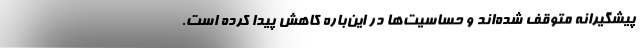
پیشگیرانه متوقف شده‌اند و حساسیت‌ها در این‌باره کاهش پیدا کرده است.